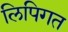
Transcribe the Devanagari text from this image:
लिपिगत